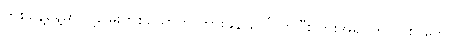
တစ်နေ့နေ့မှာ ငါ့မြေးတစ်ယောက် ဘွားခနဲ ပေါ်လာပြီး ဟိုးအရင်ကလို စာတွေ